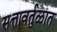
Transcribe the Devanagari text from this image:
सत्तावर्तुळात